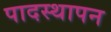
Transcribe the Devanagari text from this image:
पादस्थापन